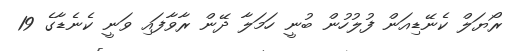
ރޯޔަލް ކެނޭޑިއަން ފުލުހުން ބުނީ ހަމަލާ ދޭން ރާވާފައި ވަނީ ކެނެޑާގެ 19